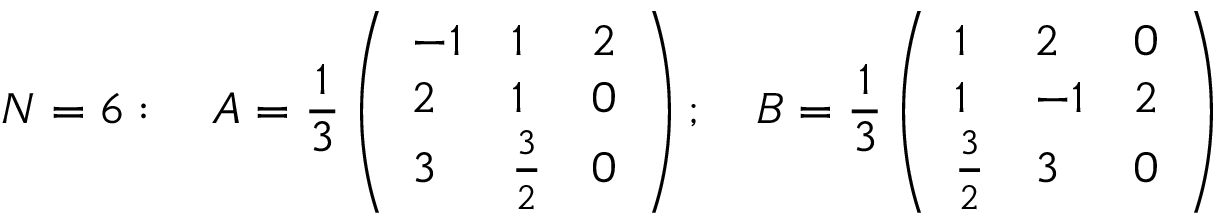
N = 6 : \quad A = { \frac { 1 } { 3 } } \left( \begin{array} { l l l } { { - 1 } } & { { 1 } } & { { 2 } } \\ { { 2 } } & { { 1 } } & { { 0 } } \\ { { 3 } } & { { { \frac { 3 } { 2 } } } } & { { 0 } } \end{array} \right) ; \quad B = { \frac { 1 } { 3 } } \left( \begin{array} { l l l } { { 1 } } & { { 2 } } & { { 0 } } \\ { { 1 } } & { { - 1 } } & { { 2 } } \\ { { { \frac { 3 } { 2 } } } } & { { 3 } } & { { 0 } } \end{array} \right)